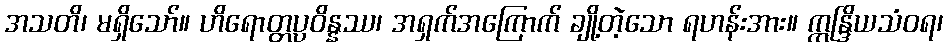
အသတိ၊ မရှိသော်။ ဟိရောတ္တပ္ပဝိန္နဿ၊ အရှက်အကြောက် ချို့တဲ့သော ရဟန်းအား။ ဣန္ဒြိယသံဝရ၊